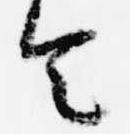
令